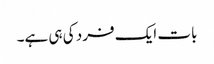
بات ایک فرد کی ہی ہے۔